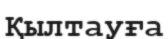
Қылтауға